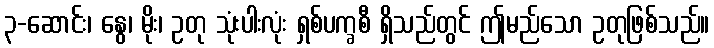
၃-ဆောင်း၊ နွေ၊ မိုး၊ ဥတု သုံးပါးလုံး ရှစ်ပက္ခစီ ရှိသည်တွင် ဤမည်သော ဥတုဖြစ်သည်။